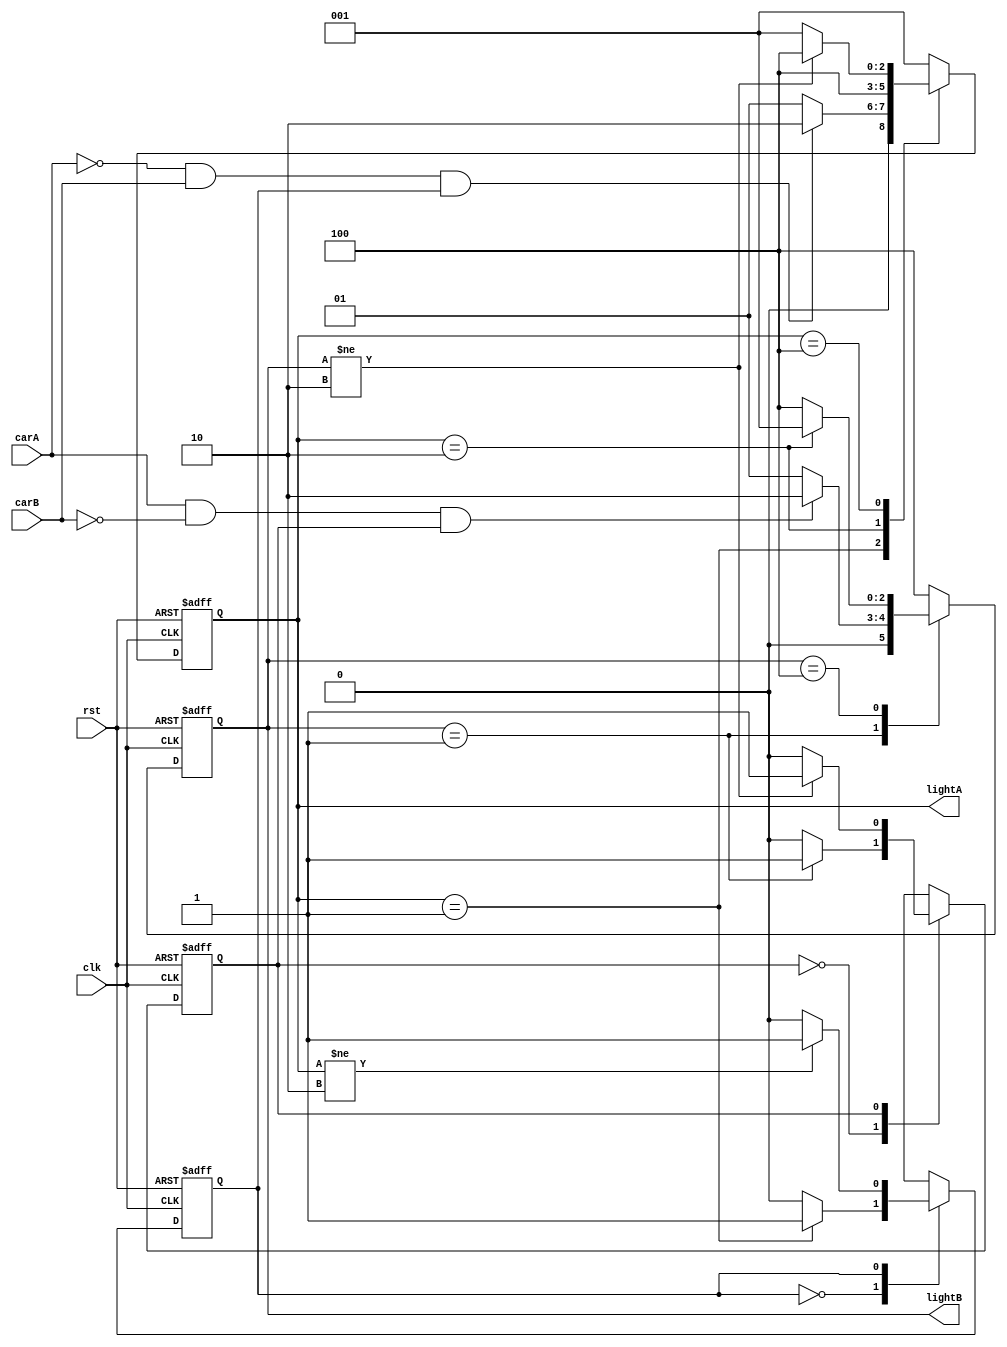
module lab2_2(
    input clk,
    input rst,
    input carA,
    input carB,
    output reg [2:0] lightA,
    output reg [2:0] lightB);
    parameter GREEN = 3'b001;
    parameter YELLOW = 3'b010;
    parameter RED = 3'b100;
    reg [2:0] next_lightA, next_lightB;
    reg sec2_A, sec2_B, next_sec2_A, next_sec2_B;

    // FF update
    always @(posedge clk, posedge rst) begin
        if(rst) begin
            lightA <= GREEN;
            lightB <= RED;
            sec2_A <= 1'b0;
            sec2_B <= 1'b0;
        end
        else begin
            lightA <= next_lightA;
            lightB <= next_lightB;
            sec2_A <= next_sec2_A;
            sec2_B <= next_sec2_B;
        end
    end
    // next_lightA
    always @* begin
        next_lightA = GREEN;
        case(lightA)
            GREEN: if(!carA && carB && sec2_A) next_lightA = YELLOW;
            YELLOW: next_lightA = RED;
            RED: if(lightB != YELLOW) next_lightA = RED;
        endcase
    end
    // next_lightB
    always @* begin
        next_lightB = RED;
        case(lightB)
            GREEN: begin
                if(carA && !carB && sec2_B) next_lightB = YELLOW;
                else next_lightB = GREEN;
            end
            RED: if(lightA == YELLOW) next_lightB = GREEN;
        endcase
    end
    // next_sec2_A
    always @* begin
        next_sec2_A = 1'b0;
        case(sec2_A)
            1'b0: if(lightA == GREEN) next_sec2_A = 1'b1;
            1'b1: if(lightA != YELLOW) next_sec2_A = 1'b1;
        endcase
    end
    // next_sec2_B
    always @* begin
        next_sec2_B = 1'b0;
        case(sec2_B)
            1'b0: if(lightB == GREEN) next_sec2_B = 1'b1;
            1'b1: if(lightB != YELLOW) next_sec2_B = 1'b1;
        endcase
    end
endmodule